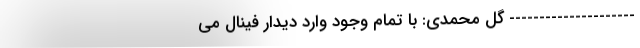
--------------------- گل محمدی: با تمام وجود وارد دیدار فینال می